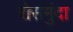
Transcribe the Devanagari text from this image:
रोसमुंदा